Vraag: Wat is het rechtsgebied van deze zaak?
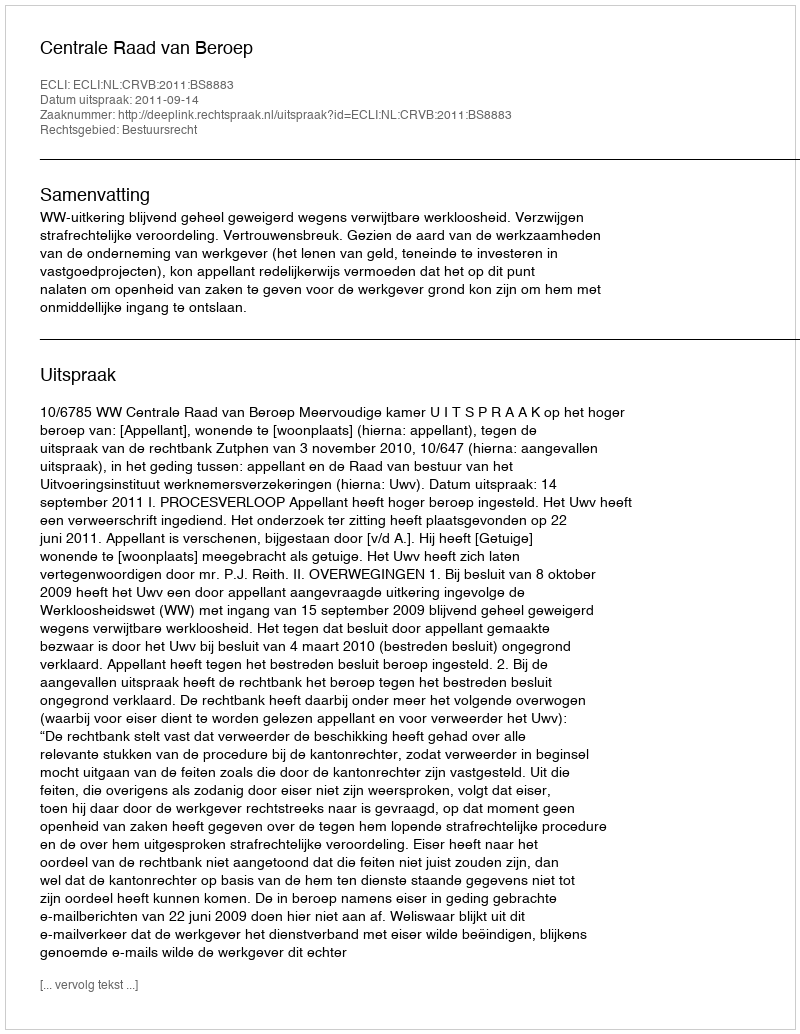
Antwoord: Bestuursrecht